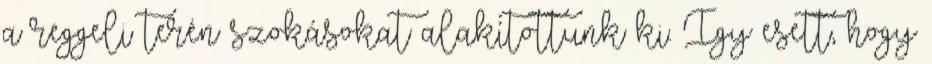
a reggeli terén szokásokat alakítottunk ki. Így esett, hogy